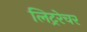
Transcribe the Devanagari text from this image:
लिट्ररेचर